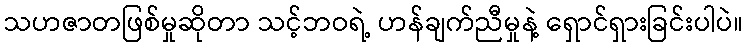
သဟဇာတဖြစ်မှုဆိုတာ သင့်ဘဝရဲ့ ဟန်ချက်ညီမှုနဲ့ ရှောင်ရှားခြင်းပါပဲ။